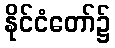
နိုင်ငံတော်၌